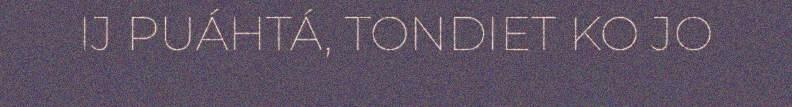
IJ PUÁHTÁ, TONDIET KO JO